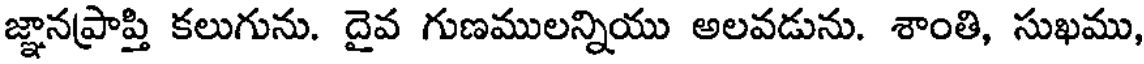
జ్ఞానప్రాప్తి కలుగును. దైవ గుణములన్నియు అలవడును. శాంతి, సుఖము,